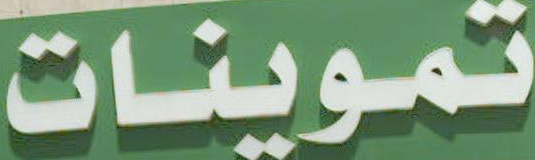
تموينات